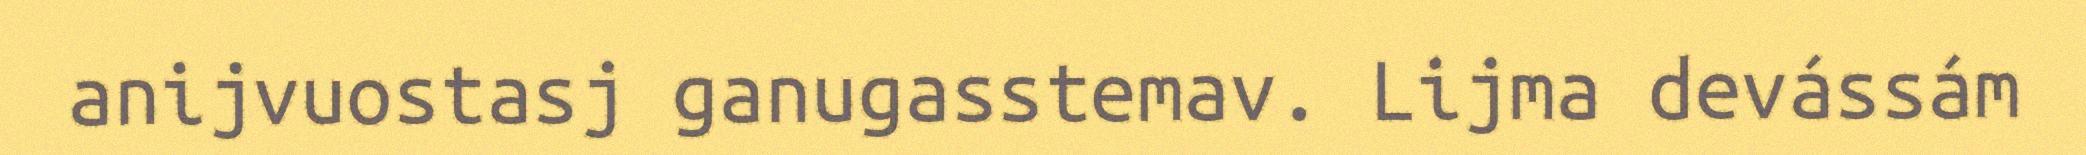
anijvuostasj ganugasstemav. Lijma devássám